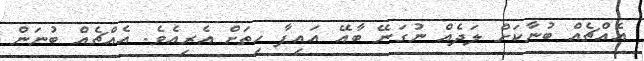
އެއްޗެއް ބުނާކަށް ލަދެއް ނުގަނޭ ބާއޭ އައިފާ ހިތަށް އެރިއެވެ. އެއްޗެއް ބުނަން